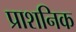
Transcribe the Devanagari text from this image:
प्राशनिक